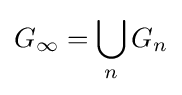
G_{\infty }=\bigcup _{n}G_{n}